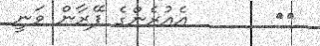
٥٠       އެއުރެންގެ ފޭރާން ވަނީ